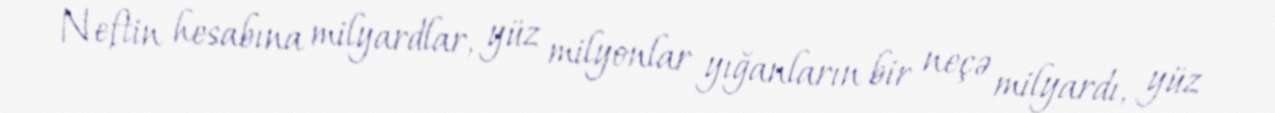
Neftin hesabına milyardlar, yüz milyonlar yığanların bir neçə milyardı, yüz